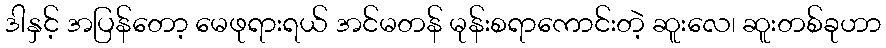
ဒါနှင့် အပြန်တော့ မေဖုရားရယ် အင်မတန် မုန်းစရာကောင်းတဲ့ ဆူးလေ၊ ဆူးတစ်ခုဟာ